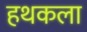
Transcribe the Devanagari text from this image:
हथकला